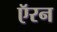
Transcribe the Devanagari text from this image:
ऍरन